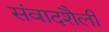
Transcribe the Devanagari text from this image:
संवादशैली